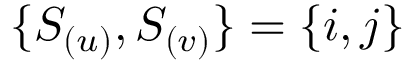
\{ S _ { ( u ) } , S _ { ( v ) } \} = \{ i , j \}